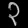
Digit: ၃